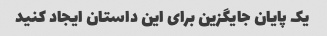
یک پایان جایگزین برای این داستان ایجاد کنید